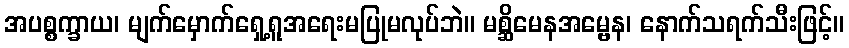
အပစ္စက္ခာယ၊ မျက်မှောက်ရှေ့ရူအရေးမပြုမလုပ်ဘဲ။ မစ္ဆိမေနအမ္ဗေန၊ နောက်သရက်သီးဖြင့်။